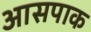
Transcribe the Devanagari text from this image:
आसपाक